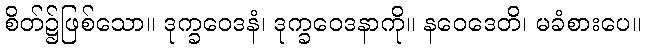
စိတ်၌ဖြစ်သော။ ဒုက္ခဝေဒနံ၊ ဒုက္ခဝေဒနာကို။ နဝေဒေတိ၊ မခံစားပေ။